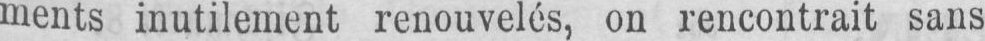
ments inutilement renouvelés, on rencontrait sans